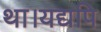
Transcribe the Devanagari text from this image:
था।यद्यपि